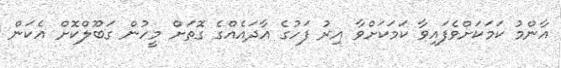
އާންމު ކަމަކަށްވެފައިވާ ކަމަކަށްވާ އިރު ފަހުގެ އާދައެއްގެ ގޮތަށް މީހުން ގަބޫލްކޮށް އެކަން